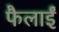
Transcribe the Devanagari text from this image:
फैलाईं